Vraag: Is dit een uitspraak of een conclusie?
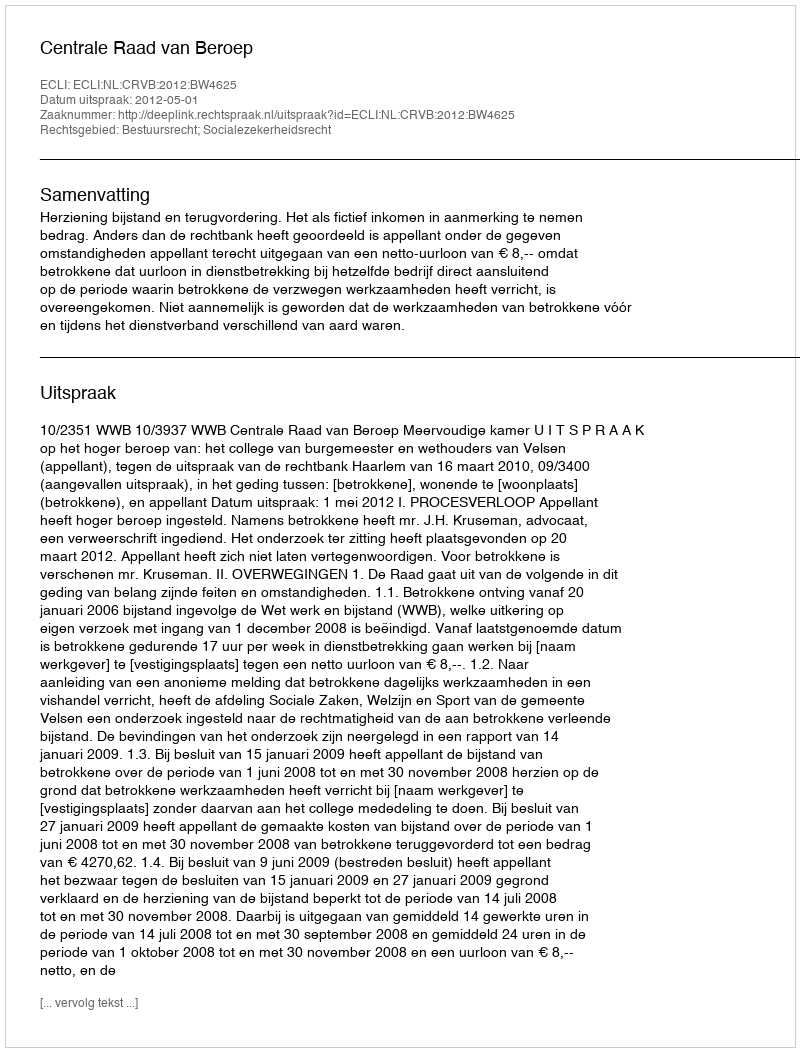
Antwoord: Uitspraak